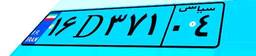
۲۶D۰۰۴۱۵